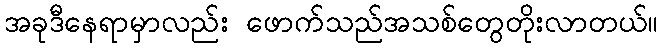
အခုဒီနေရာမှာလည်း ဖောက်သည်အသစ်တွေတိုးလာတယ်။